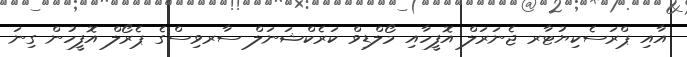
އާއި ޕްރަސެކިޔުޓާރ ޖެނަރަލް އޮފީހާއި މޯލްޑިވް ކަރެކްޝަނަލް ސާރވިސްގެ ޕެރޯލް އޮފީހުން ގިނަ